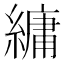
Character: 𦄢